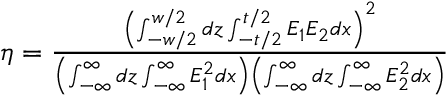
\begin{array} { r } { \eta = \frac { \left( \int _ { - w / 2 } ^ { w / 2 } d z \int _ { - t / 2 } ^ { t / 2 } E _ { 1 } E _ { 2 } d x \right) ^ { 2 } } { \left( \int _ { - \infty } ^ { \infty } d z \int _ { - \infty } ^ { \infty } E _ { 1 } ^ { 2 } d x \right) \left( \int _ { - \infty } ^ { \infty } d z \int _ { - \infty } ^ { \infty } E _ { 2 } ^ { 2 } d x \right) } } \end{array}